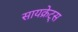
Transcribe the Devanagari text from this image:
सायक्रेट्स